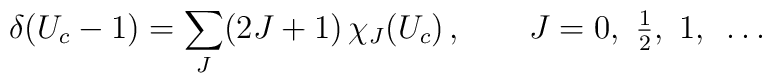
\delta(U_c-1) = \sum\limits_{J} (2J+1)\, \chi_{J}(U_c)\, ,   \qquad J = 0, ~{\textstyle {1\over2}}, ~1, ~\dots